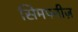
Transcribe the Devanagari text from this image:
सिमफ्नीज़